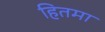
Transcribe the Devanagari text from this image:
हितमा